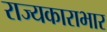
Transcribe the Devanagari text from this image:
राज्यकाराभार